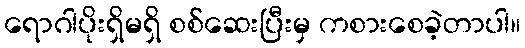
ရောဂါပိုးရှိမရှိ စစ်ဆေးပြီးမှ ကစားစေခဲ့တာပါ။